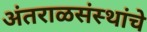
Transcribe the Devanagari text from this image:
अंतराळसंस्थांचे